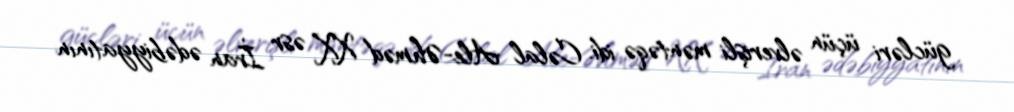
gücləri üçün əlverişli məntəqə idi. Cəlal Ale-Əhməd XX əsr İran ədəbiyyatının